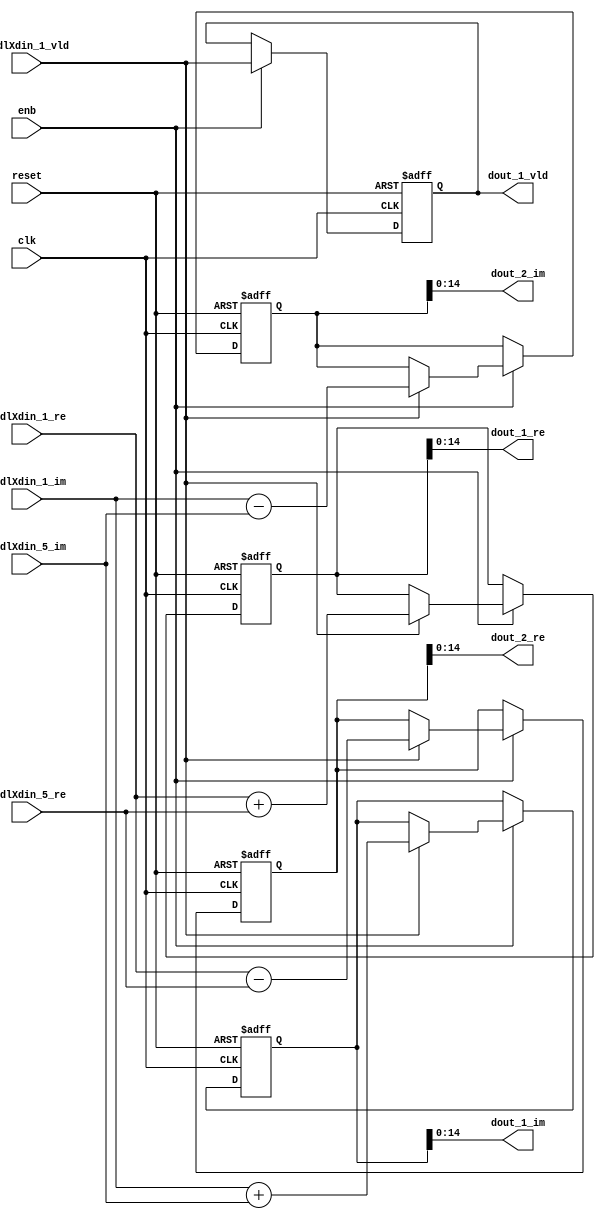
// -------------------------------------------------------------
// 
// 
// Generated by MATLAB 9.14 and HDL Coder 4.1
// 
// -------------------------------------------------------------


// -------------------------------------------------------------
// 
// Module: RADIX22FFT_SDNF1_3
// Source Path: RSP/RSP/Velocity Processor/Doppler Processing/Doppler Processor/FFT/RADIX22FFT_SDNF1_3
// Hierarchy Level: 5
// 
// -------------------------------------------------------------

`timescale 1 ns / 1 ns

module RADIX22FFT_SDNF1_3
          (clk,
           reset,
           enb,
           twdlXdin_1_re,
           twdlXdin_1_im,
           twdlXdin_5_re,
           twdlXdin_5_im,
           twdlXdin_1_vld,
           dout_1_re,
           dout_1_im,
           dout_2_re,
           dout_2_im,
           dout_1_vld);


  input   clk;
  input   reset;
  input   enb;
  input   signed [14:0] twdlXdin_1_re;  // sfix15_En10
  input   signed [14:0] twdlXdin_1_im;  // sfix15_En10
  input   signed [14:0] twdlXdin_5_re;  // sfix15_En10
  input   signed [14:0] twdlXdin_5_im;  // sfix15_En10
  input   twdlXdin_1_vld;
  output  signed [14:0] dout_1_re;  // sfix15_En10
  output  signed [14:0] dout_1_im;  // sfix15_En10
  output  signed [14:0] dout_2_re;  // sfix15_En10
  output  signed [14:0] dout_2_im;  // sfix15_En10
  output  dout_1_vld;


  reg signed [15:0] Radix22ButterflyG1_NF_btf1_re_reg;  // sfix16
  reg signed [15:0] Radix22ButterflyG1_NF_btf1_im_reg;  // sfix16
  reg signed [15:0] Radix22ButterflyG1_NF_btf2_re_reg;  // sfix16
  reg signed [15:0] Radix22ButterflyG1_NF_btf2_im_reg;  // sfix16
  reg  Radix22ButterflyG1_NF_dinXtwdl_vld_dly1;
  reg signed [15:0] Radix22ButterflyG1_NF_btf1_re_reg_next;  // sfix16_En10
  reg signed [15:0] Radix22ButterflyG1_NF_btf1_im_reg_next;  // sfix16_En10
  reg signed [15:0] Radix22ButterflyG1_NF_btf2_re_reg_next;  // sfix16_En10
  reg signed [15:0] Radix22ButterflyG1_NF_btf2_im_reg_next;  // sfix16_En10
  reg  Radix22ButterflyG1_NF_dinXtwdl_vld_dly1_next;
  reg signed [14:0] dout_1_re_1;  // sfix15_En10
  reg signed [14:0] dout_1_im_1;  // sfix15_En10
  reg signed [14:0] dout_2_re_1;  // sfix15_En10
  reg signed [14:0] dout_2_im_1;  // sfix15_En10
  reg  dout_1_vld_1;
  reg signed [15:0] Radix22ButterflyG1_NF_add_cast;  // sfix16_En10
  reg signed [15:0] Radix22ButterflyG1_NF_add_cast_0;  // sfix16_En10
  reg signed [15:0] Radix22ButterflyG1_NF_sub_cast;  // sfix16_En10
  reg signed [15:0] Radix22ButterflyG1_NF_sub_cast_0;  // sfix16_En10
  reg signed [15:0] Radix22ButterflyG1_NF_add_cast_1;  // sfix16_En10
  reg signed [15:0] Radix22ButterflyG1_NF_add_cast_2;  // sfix16_En10
  reg signed [15:0] Radix22ButterflyG1_NF_sub_cast_1;  // sfix16_En10
  reg signed [15:0] Radix22ButterflyG1_NF_sub_cast_2;  // sfix16_En10


  // Radix22ButterflyG1_NF
  always @(posedge clk or posedge reset)
    begin : Radix22ButterflyG1_NF_process
      if (reset == 1'b1) begin
        Radix22ButterflyG1_NF_btf1_re_reg <= 16'sb0000000000000000;
        Radix22ButterflyG1_NF_btf1_im_reg <= 16'sb0000000000000000;
        Radix22ButterflyG1_NF_btf2_re_reg <= 16'sb0000000000000000;
        Radix22ButterflyG1_NF_btf2_im_reg <= 16'sb0000000000000000;
        Radix22ButterflyG1_NF_dinXtwdl_vld_dly1 <= 1'b0;
      end
      else begin
        if (enb) begin
          Radix22ButterflyG1_NF_btf1_re_reg <= Radix22ButterflyG1_NF_btf1_re_reg_next;
          Radix22ButterflyG1_NF_btf1_im_reg <= Radix22ButterflyG1_NF_btf1_im_reg_next;
          Radix22ButterflyG1_NF_btf2_re_reg <= Radix22ButterflyG1_NF_btf2_re_reg_next;
          Radix22ButterflyG1_NF_btf2_im_reg <= Radix22ButterflyG1_NF_btf2_im_reg_next;
          Radix22ButterflyG1_NF_dinXtwdl_vld_dly1 <= Radix22ButterflyG1_NF_dinXtwdl_vld_dly1_next;
        end
      end
    end

  always @(Radix22ButterflyG1_NF_btf1_im_reg, Radix22ButterflyG1_NF_btf1_re_reg,
       Radix22ButterflyG1_NF_btf2_im_reg, Radix22ButterflyG1_NF_btf2_re_reg,
       Radix22ButterflyG1_NF_dinXtwdl_vld_dly1, twdlXdin_1_im, twdlXdin_1_re,
       twdlXdin_1_vld, twdlXdin_5_im, twdlXdin_5_re) begin
    Radix22ButterflyG1_NF_add_cast = 16'sb0000000000000000;
    Radix22ButterflyG1_NF_add_cast_0 = 16'sb0000000000000000;
    Radix22ButterflyG1_NF_sub_cast = 16'sb0000000000000000;
    Radix22ButterflyG1_NF_sub_cast_0 = 16'sb0000000000000000;
    Radix22ButterflyG1_NF_add_cast_1 = 16'sb0000000000000000;
    Radix22ButterflyG1_NF_add_cast_2 = 16'sb0000000000000000;
    Radix22ButterflyG1_NF_sub_cast_1 = 16'sb0000000000000000;
    Radix22ButterflyG1_NF_sub_cast_2 = 16'sb0000000000000000;
    Radix22ButterflyG1_NF_btf1_re_reg_next = Radix22ButterflyG1_NF_btf1_re_reg;
    Radix22ButterflyG1_NF_btf1_im_reg_next = Radix22ButterflyG1_NF_btf1_im_reg;
    Radix22ButterflyG1_NF_btf2_re_reg_next = Radix22ButterflyG1_NF_btf2_re_reg;
    Radix22ButterflyG1_NF_btf2_im_reg_next = Radix22ButterflyG1_NF_btf2_im_reg;
    Radix22ButterflyG1_NF_dinXtwdl_vld_dly1_next = twdlXdin_1_vld;
    if (twdlXdin_1_vld) begin
      Radix22ButterflyG1_NF_add_cast = {twdlXdin_1_re[14], twdlXdin_1_re};
      Radix22ButterflyG1_NF_add_cast_0 = {twdlXdin_5_re[14], twdlXdin_5_re};
      Radix22ButterflyG1_NF_btf1_re_reg_next = Radix22ButterflyG1_NF_add_cast + Radix22ButterflyG1_NF_add_cast_0;
      Radix22ButterflyG1_NF_sub_cast = {twdlXdin_1_re[14], twdlXdin_1_re};
      Radix22ButterflyG1_NF_sub_cast_0 = {twdlXdin_5_re[14], twdlXdin_5_re};
      Radix22ButterflyG1_NF_btf2_re_reg_next = Radix22ButterflyG1_NF_sub_cast - Radix22ButterflyG1_NF_sub_cast_0;
      Radix22ButterflyG1_NF_add_cast_1 = {twdlXdin_1_im[14], twdlXdin_1_im};
      Radix22ButterflyG1_NF_add_cast_2 = {twdlXdin_5_im[14], twdlXdin_5_im};
      Radix22ButterflyG1_NF_btf1_im_reg_next = Radix22ButterflyG1_NF_add_cast_1 + Radix22ButterflyG1_NF_add_cast_2;
      Radix22ButterflyG1_NF_sub_cast_1 = {twdlXdin_1_im[14], twdlXdin_1_im};
      Radix22ButterflyG1_NF_sub_cast_2 = {twdlXdin_5_im[14], twdlXdin_5_im};
      Radix22ButterflyG1_NF_btf2_im_reg_next = Radix22ButterflyG1_NF_sub_cast_1 - Radix22ButterflyG1_NF_sub_cast_2;
    end
    dout_1_re_1 = Radix22ButterflyG1_NF_btf1_re_reg[14:0];
    dout_1_im_1 = Radix22ButterflyG1_NF_btf1_im_reg[14:0];
    dout_2_re_1 = Radix22ButterflyG1_NF_btf2_re_reg[14:0];
    dout_2_im_1 = Radix22ButterflyG1_NF_btf2_im_reg[14:0];
    dout_1_vld_1 = Radix22ButterflyG1_NF_dinXtwdl_vld_dly1;
  end



  assign dout_1_re = dout_1_re_1;

  assign dout_1_im = dout_1_im_1;

  assign dout_2_re = dout_2_re_1;

  assign dout_2_im = dout_2_im_1;

  assign dout_1_vld = dout_1_vld_1;

endmodule  // RADIX22FFT_SDNF1_3